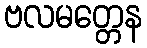
ဗလမတ္တေန